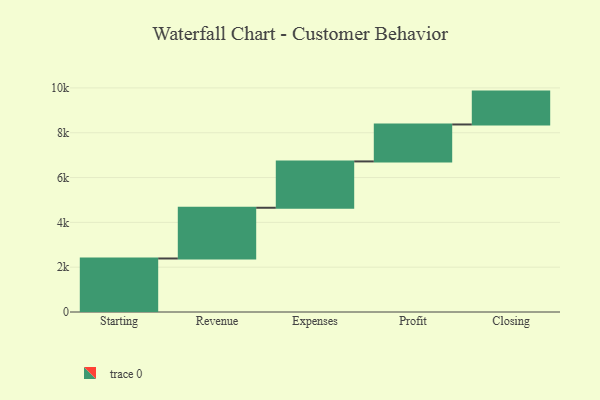
{"axis": {"x": "Step", "y": "Value"}, "legend": [""], "data": [{"x": "Starting", "y": 2388.0, "type": ""}, {"x": "Revenue", "y": 2264.0, "type": ""}, {"x": "Expenses", "y": 2068.0, "type": ""}, {"x": "Profit", "y": 1649.0, "type": ""}, {"x": "Closing", "y": 1467.0, "type": ""}]}